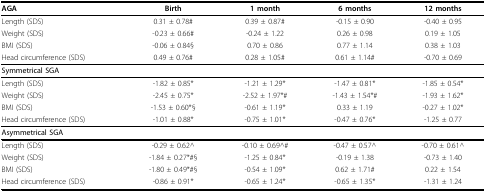
| AGA | Birth | 1 month | 6 months | 12 months |
 | --- | --- | --- | --- | --- |
 | Length (SDS) | 0.31 ± 0.78# | 0.39 ± 0.87# | -0.15 ± 0.90 | -0.40 ± 0.95 |
 | Weight (SDS) | -0.23 ± 0.66# | -0.24 ± 1.22 | 0.26 ± 0.98 | 0.19 ± 1.05 |
 | BMI (SDS) | -0.06 ± 0.84§ | 0.70 ± 0.86 | 0.77 ± 1.14 | 0.38 ± 1.03 |
 | Head circumference (SDS) | 0.49 ± 0.76# | 0.28 ± 1.05# | 0.61 ± 1.14# | -0.70 ± 0.69 |
 | Symmetrical SGA |  |  |  |  |
 | Length (SDS) | -1.82 ± 0.85* | -1.21 ± 1.29* | -1.47 ± 0.81* | -1.85 ± 0.54* |
 | Weight (SDS) | -2.45 ± 0.75* | -2.52 ± 1.97*# | -1.43 ± 1.54*# | -1.93 ± 1.62* |
 | BMI (SDS) | -1.53 ± 0.60*§ | -0.61 ± 1.19* | 0.33 ± 1.19 | -0.27 ± 1.02* |
 | Head circumference (SDS) | -1.01 ± 0.88* | -0.75 ± 1.01* | -0.47 ± 0.76* | -1.25 ± 0.77 |
 | Asymmetrical SGA |  |  |  |  |
 | Length (SDS) | -0.29 ± 0.62^ | -0.10 ± 0.69^# | -0.47 ± 0.57^ | -0.70 ± 0.61^ |
 | Weight (SDS) | -1.84 ± 0.27*#§ | -1.25 ± 0.84* | -0.19 ± 1.38 | -0.73 ± 1.40 |
 | BMI (SDS) | -1.80 ± 0.49*#§ | -0.54 ± 1.09* | 0.62 ± 1.71# | 0.22 ± 1.54 |
 | Head circumference (SDS) | -0.86 ± 0.91* | -0.65 ± 1.24* | -0.65 ± 1.35* | -1.31 ± 1.24 |